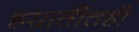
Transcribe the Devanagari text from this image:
हयातीतही